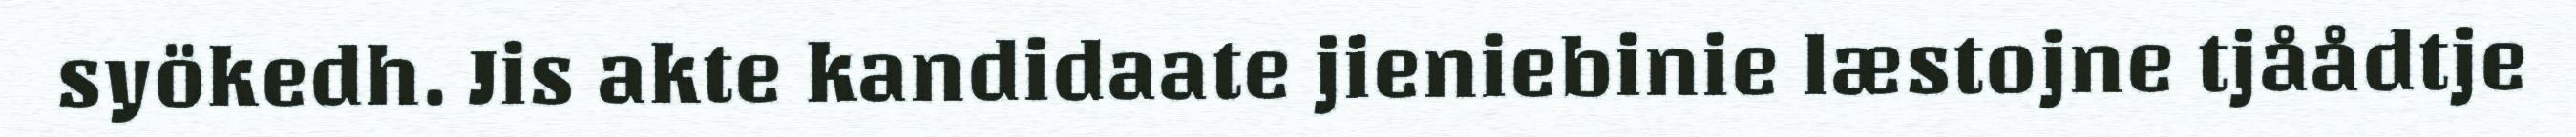
syökedh. Jis akte kandidaate jieniebinie læstojne tjåådtje